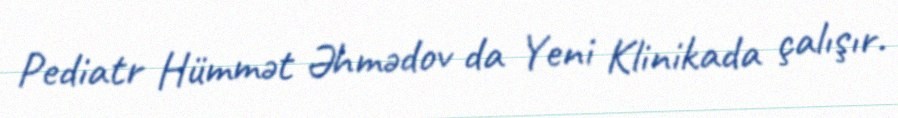
Pediatr Hümmət Əhmədov da Yeni Klinikada çalışır.